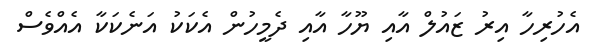
އެހުރިހާ އިރު ޒައުލް އާއި ޔޫހާ އާއި ދެމީހުން އެކަކު އަނެކަކާ އެއްވެސް